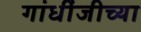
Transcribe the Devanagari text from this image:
गांधींजीच्या